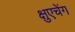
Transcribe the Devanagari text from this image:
क्षुएचेंग